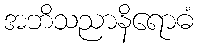
အဘိသညာနိရောဓံ